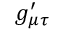
g _ { \mu \tau } ^ { \prime }